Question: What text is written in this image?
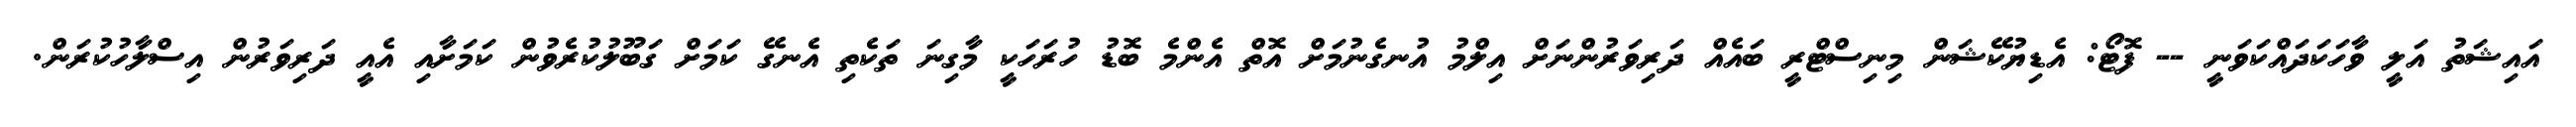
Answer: އައިޝަތު އަލީ ވާހަކަދައްކަވަނީ -- ފޮޓޯ: އެޑިޔުކޭޝަން މިނިސްޓްރީ ބައެއް ދަރިވަރުންނަށް އިލްމު އުނގެނުމަށް އޮތް އެންމެ ބޮޑު ހުރަހަކީ މާގިނަ ތަކެތި އެނގޭ ކަމަށް ގަބޫލުކުރެވުން ކަމަށާއި އެއީ ދަރިވަރުން އިސްލާހުކުރަން.